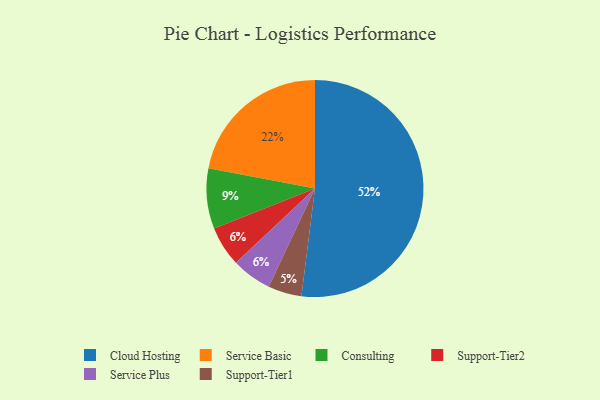
{"axis": {"x": "Category", "y": "Percentage"}, "legend": ["Cloud Hosting", "Consulting", "Service Basic", "Service Plus", "Support-Tier1", "Support-Tier2"], "data": [{"x": "Support-Tier1", "y": 5, "type": "Support-Tier1"}, {"x": "Support-Tier2", "y": 6, "type": "Support-Tier2"}, {"x": "Consulting", "y": 9, "type": "Consulting"}, {"x": "Service Plus", "y": 6, "type": "Service Plus"}, {"x": "Cloud Hosting", "y": 52, "type": "Cloud Hosting"}, {"x": "Service Basic", "y": 22, "type": "Service Basic"}]}